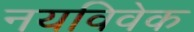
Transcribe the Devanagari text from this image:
नयविवेक